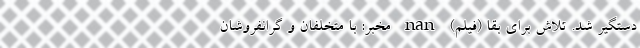
دستگیر شد. تلاش برای بقا (فیلم) nan مخبر: با متخلفان و گرانفروشان